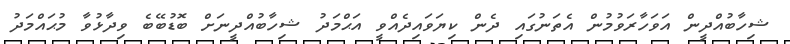
ޝިހާބުއްދީން އަވަހާރަވުމުން އެތަނުގައި ދެން ކިޔަވައިދެއްވީ އަޙްމަދު ޝިހާބުއްދީނަށް ބޮޑުބޭބެ ވިދާޅުވާ މުޙައްމަދު